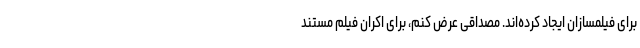
برای فیلمسازان ایجاد کرده‌اند. مصداقی عرض کنم، برای اکران فیلم مستند